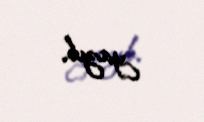
yazıb.